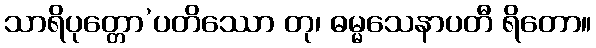
သာရိပုတ္တော’ပတိဿော တု၊ ဓမ္မသေနာပတီ ရိတော။